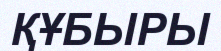
ҚҰБЫРЫ